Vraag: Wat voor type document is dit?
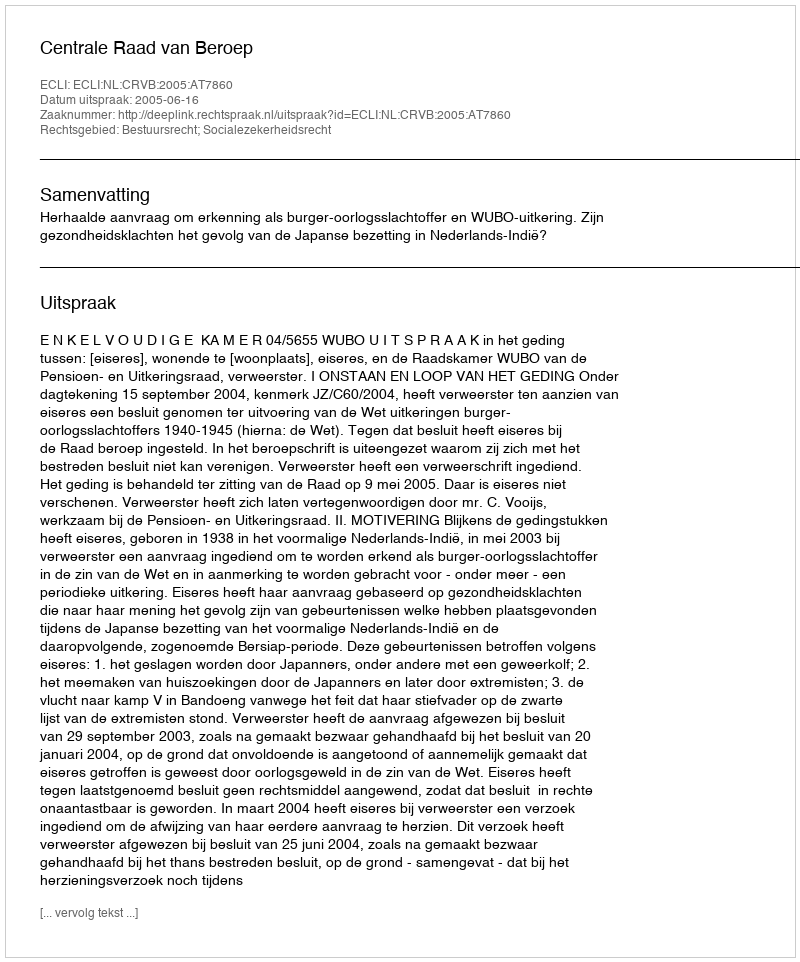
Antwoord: Uitspraak